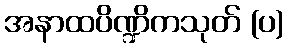
အနာထပိဏ္ဍိကသုတ် (ပ)